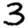
Digit: 3